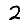
Digit: 2